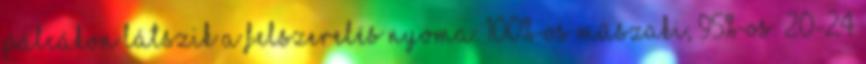
pálcákon látszik a felszerelés nyoma. 100%-os műszaki, 95%-os. 20-24